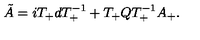
\tilde { A } = i T _ { + } d T _ { + } ^ { - 1 } + T _ { + } Q T _ { + } ^ { - 1 } A _ { + } .